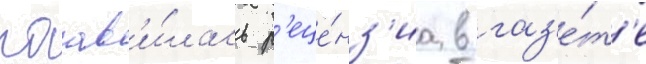
поав'и́лась р'еце́нз'иа в газ'е́т'е